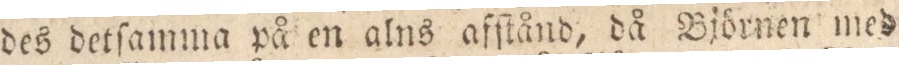
des detſamma på en alns afſtånd, då Björnen med